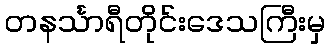
တနင်္သာရီတိုင်းဒေသကြီးမှ